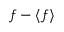
f - \langle f \rangle